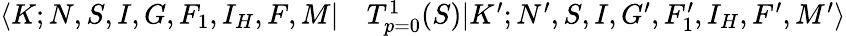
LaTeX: \begin{array}{rl}{\langle K;N,S,I,G,F_{1},I_{H},F,M|}&{{}T_{p=0}^{1}(S)|K^{\prime};N^{\prime},S,I,G^{\prime},F_{1}^{\prime},I_{H},F^{\prime},M^{\prime}\rangle}\end{array}